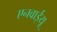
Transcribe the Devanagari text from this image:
एनवाईयू